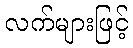
လက်များဖြင့်